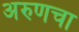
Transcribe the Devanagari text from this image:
अरुणचा